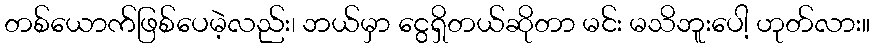
တစ်ယောက်ဖြစ်ပေမဲ့လည်း၊ ဘယ်မှာ ငွေရှိတယ်ဆိုတာ မင်း မသိဘူးပေါ့ ဟုတ်လား။